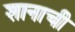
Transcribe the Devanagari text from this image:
शानाची